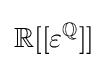
\mathbb {R} [[\varepsilon ^{\mathbb {Q} }]]